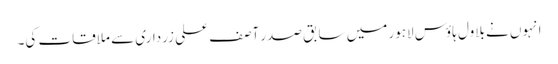
انہوں نے بلاول ہاؤس لاہور میں سابق صدر آصف علی زرداری سے ملاقات کی۔